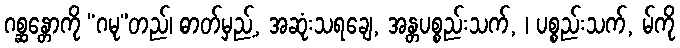
ဂစ္ဆန္တောကို “ဂမု”တည်၊ ဓာတ်မှည့်, အဆုံးသရချေ, အန္တပစ္စည်းသက်, ၊ ပစ္စည်းသက်, မ်ကို